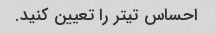
احساس تیتر را تعیین کنید.